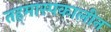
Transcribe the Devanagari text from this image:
तहमास्पकालीन